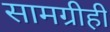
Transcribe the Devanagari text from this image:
सामग्रीही